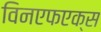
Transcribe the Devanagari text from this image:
विनएफएक्स